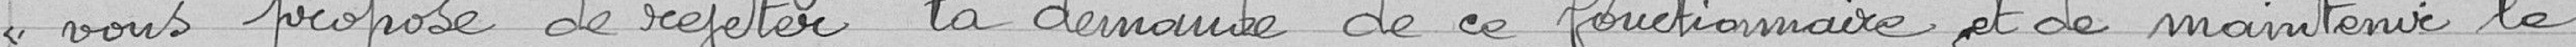
vous propose de rejeter la demande de ce fonctionnaire et de maintenir le